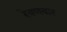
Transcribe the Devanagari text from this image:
रेवणवार